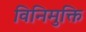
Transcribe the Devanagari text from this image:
विनिमुक्ति